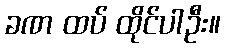
ခဏ ထပ် ထိုင်ပါဦး။